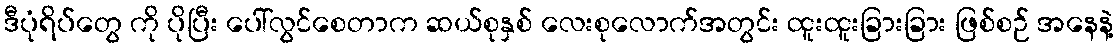
ဒီပုံရိပ်တွေ ကို ပိုပြီး ပေါ်လွင်စေတာက ဆယ်စုနှစ် လေးစုလောက်အတွင်း ထူးထူးခြားခြား ဖြစ်စဉ် အနေနဲ့